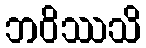
ဘဝိဿသိ